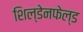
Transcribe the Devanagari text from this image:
शिल्डेनफेल्ड